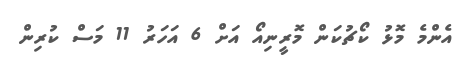
އެންމެ މޮޅު ކޯޗުކަން މޮރީނިއޯ އަށް 6 އަހަރު 11 މަސް ކުރިން